Civil Veterinary Department. Madras. Admin. report 1926-33 - 1926-1933
Year: 1926
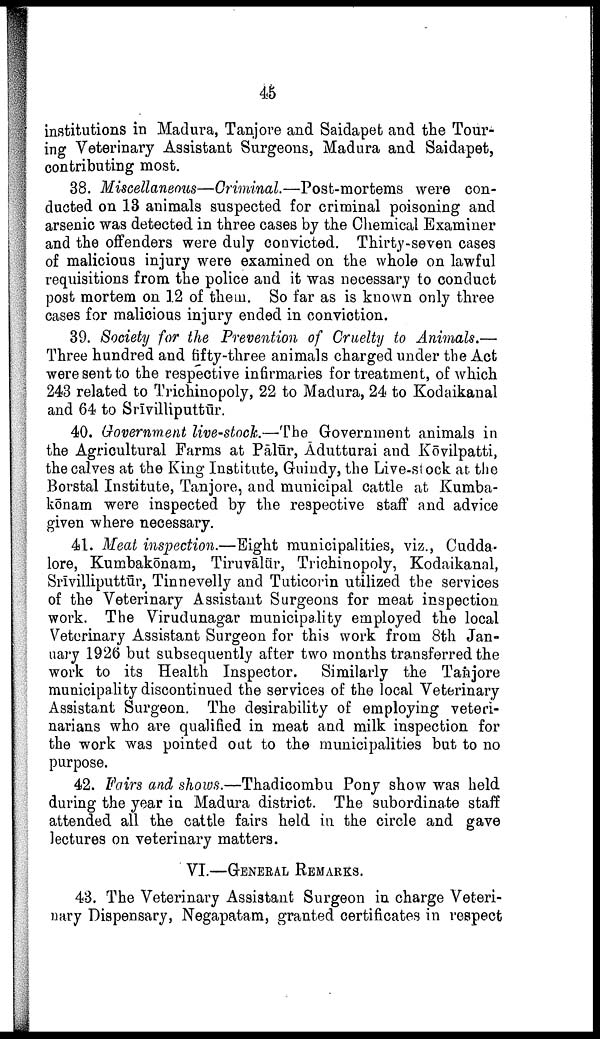
45
institutions in Madura, Tanjore and Saidapet and the Tour
ing Veterinary Assistant Surgeons, Madura and Saidapet,
contributing most.
38. Miscellaneous—Criminal.—Post-mortems
were con
ducted on 13 animals suspected for criminal poisoning and
arsenic was detected in three cases by the Chemical Examiner
and the offenders were duly convicted. Thirty-seven cases
of malicious injury were examined on the whole on lawful
requisitions from the police and it was necessary to conduct
post mortem on 12 of them. So far as is known only three
cases for malicious injury ended in conviction.
39. Society for the Prevention of Cruelty to Animals.—
Three hundred and fifty-three animals charged under the Act
were sent to the respective infirmaries for treatment, of which
243 related to Trichinopoly, 22 to Madura, 24 to Kodaikanal
and 64 to Srīvilliputtūr.
40. Govenment live-stock.—The Government animals in
the Agricultural Farms at Pālūr, Ādutturai and Kōvilpatti,
the calves at the King Institute, Guindy, the Live-stock at the
Borstal Institute, Tanjore, and municipal cattle at Kumba-
kōnam were inspected by the respective staff and advice
given where necessary.
41. Meat inspection.—Eight municipalities, viz., Cudda-
lore, Kumbakōnam, Tiruvālür, Trichinopoly, Kodaikanal,
Srīvilliputtūr, Tinnevelly and Tuticorin utilized the services
of the Veterinary Assistant Surgeons for meat inspection
work. The Virudunagar municipality employed the local
Veterinary Assistant Surgeon for this work from 8th Jan
uary 1926 but subsequently after two months transferred the
work to its Health Inspector.
Similarly the Tanjore
municipality discontinued the services of the local Veterinary
Assistant Surgeon. The desirability of employing veteri
narians who are qualified in meat and milk inspection for
the work was pointed oat to the municipalities but to no
purpose.
42. Fairs and shows.—Thadicombu Pony show was held
during the year in Madura district. The subordinate staff
attended all the cattle fairs held in the circle and gave
lectures on veterinary matters.
VI.—GENERAL REMARKS.
43. The Veterinary Assistant Surgeon in charge Veteri
nary Dispensary, Negapatam, granted certificates in respect